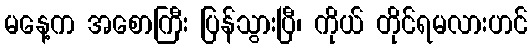
မနေ့က အစောကြီး ပြန်သွားပြီ၊ ကိုယ် တိုင်ရမလားဟင်